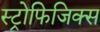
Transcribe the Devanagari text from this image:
स्ट्रोफिजिक्स